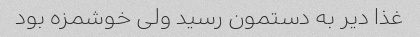
غذا دیر به دستمون رسید ولی خوشمزه بود